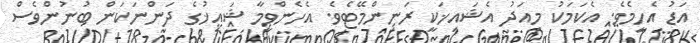
އަޑު އެހީމެވެ. އެކަމަކު މިއަދު އެޝައިޚަކީ ރަނިންމޭޓެވެ. އެހެންވީމާ ޝައިޚުގެ ދަންނަކަން ބުނުންވެސް